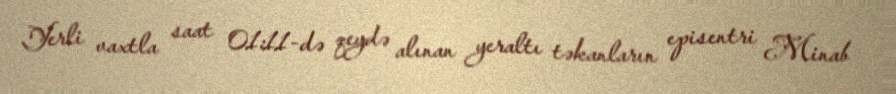
Yerli vaxtla saat 01:11-də qeydə alınan yeraltı təkanların episentri Minab